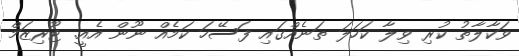
ވަކާލާތު ކުރި ވިލާ ކަހަލަ ތަނެއްގައި ފަސޭހަ ކަމެއް ނޫން އެއީ. ޓޫރިޒަމް